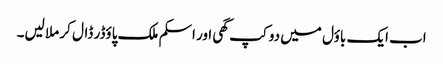
اب ایک باؤل میں دو کپ گھی اور اسکم ملک پاؤڈر ڈال کر ملا لیں۔